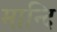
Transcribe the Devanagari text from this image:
मान्दि